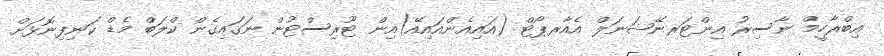
އިބްރާހީމް ނާސިރު އިންޓަރނޭޝަނަލް އެއާރޕޯޓް (އައިއެންއައިއޭ)އިން ޓޫރިސްޓުން ނަގައިގެން ކްލަބް މެޑް ކަނިފިނޮޅަށް